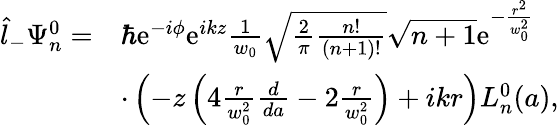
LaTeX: \begin{array}{rl}{\hat{l}_{-}\Psi_{n}^{0}=}&{\hbar\mathrm{e}^{-i\phi}\mathrm{e}^{ikz}\frac{1}{w_{0}}\sqrt{\frac{2}{\pi}\frac{n!}{(n+1)!}}\sqrt{n+1}\mathrm{e}^{-\frac{r^{2}}{w_{0}^{2}}}}\\ &{\cdot\left(-z\left(4\frac{r}{w_{0}^{2}}\frac{d}{da}-2\frac{r}{w_{0}^{2}}\right)+ikr\right)L_{n}^{0}(a),}\end{array}